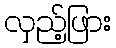
လှည့်ဖြား